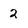
Character: 2